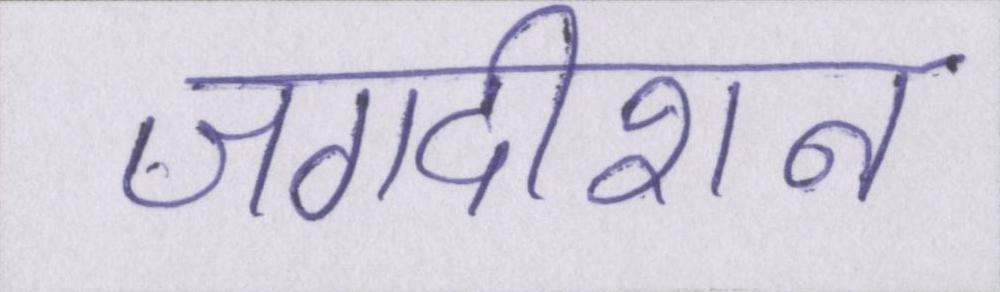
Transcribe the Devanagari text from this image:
जगदीशन